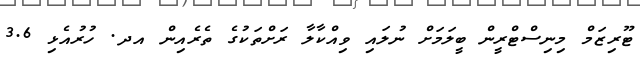
ޓޫރިޒަމް މިނިސްޓްރީން ބީލަމަށް ނުލައި ވިއްކާލާ ރަށްތަކުގެ ތެރެއިން އދ. ހުރުއެޅި 3.6